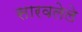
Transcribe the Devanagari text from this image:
सारवलेले